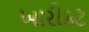
ખારીકટ